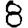
Digit: 8